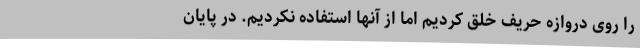
را روی دروازه حریف خلق کردیم اما از آنها استفاده نکردیم. در پایان